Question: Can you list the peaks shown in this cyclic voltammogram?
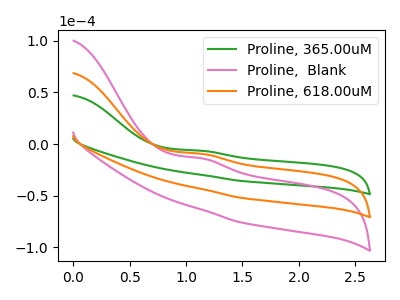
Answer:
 <answer>The green curve "Proline, 365.00uM" has an anodic peak at: (1.15V, -6.50uA). The pink curve "Proline,  Blank" has an anodic peak at: (1.15V, -18.95uA). The orange curve "Proline, 618.00uM" has an anodic peak at: (1.15V, -9.50uA).</answer>
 <eval></eval>